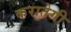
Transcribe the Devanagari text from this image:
करातेगी